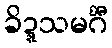
ခိဍ္ဍသမင်္ဂီ